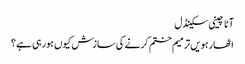
آٹا چینی سکینڈل
اٹھارہویں ترمیم ختم کرنے کی سازش کیوں ہورہی ہے؟